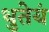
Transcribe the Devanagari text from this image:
धुतेयं